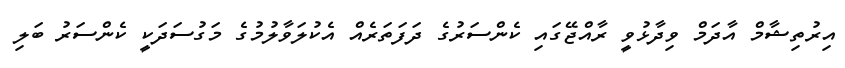
އިރުތިޝާމް އާދަމް ވިދާޅުވީ ރާއްޖޭގައި ކެންސަރުގެ ދަފަތަރެއް އެކުލަވާލުމުގެ މަގުސަދަކީ ކެންސަރު ބަލި